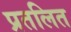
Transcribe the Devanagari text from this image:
प्रतलित